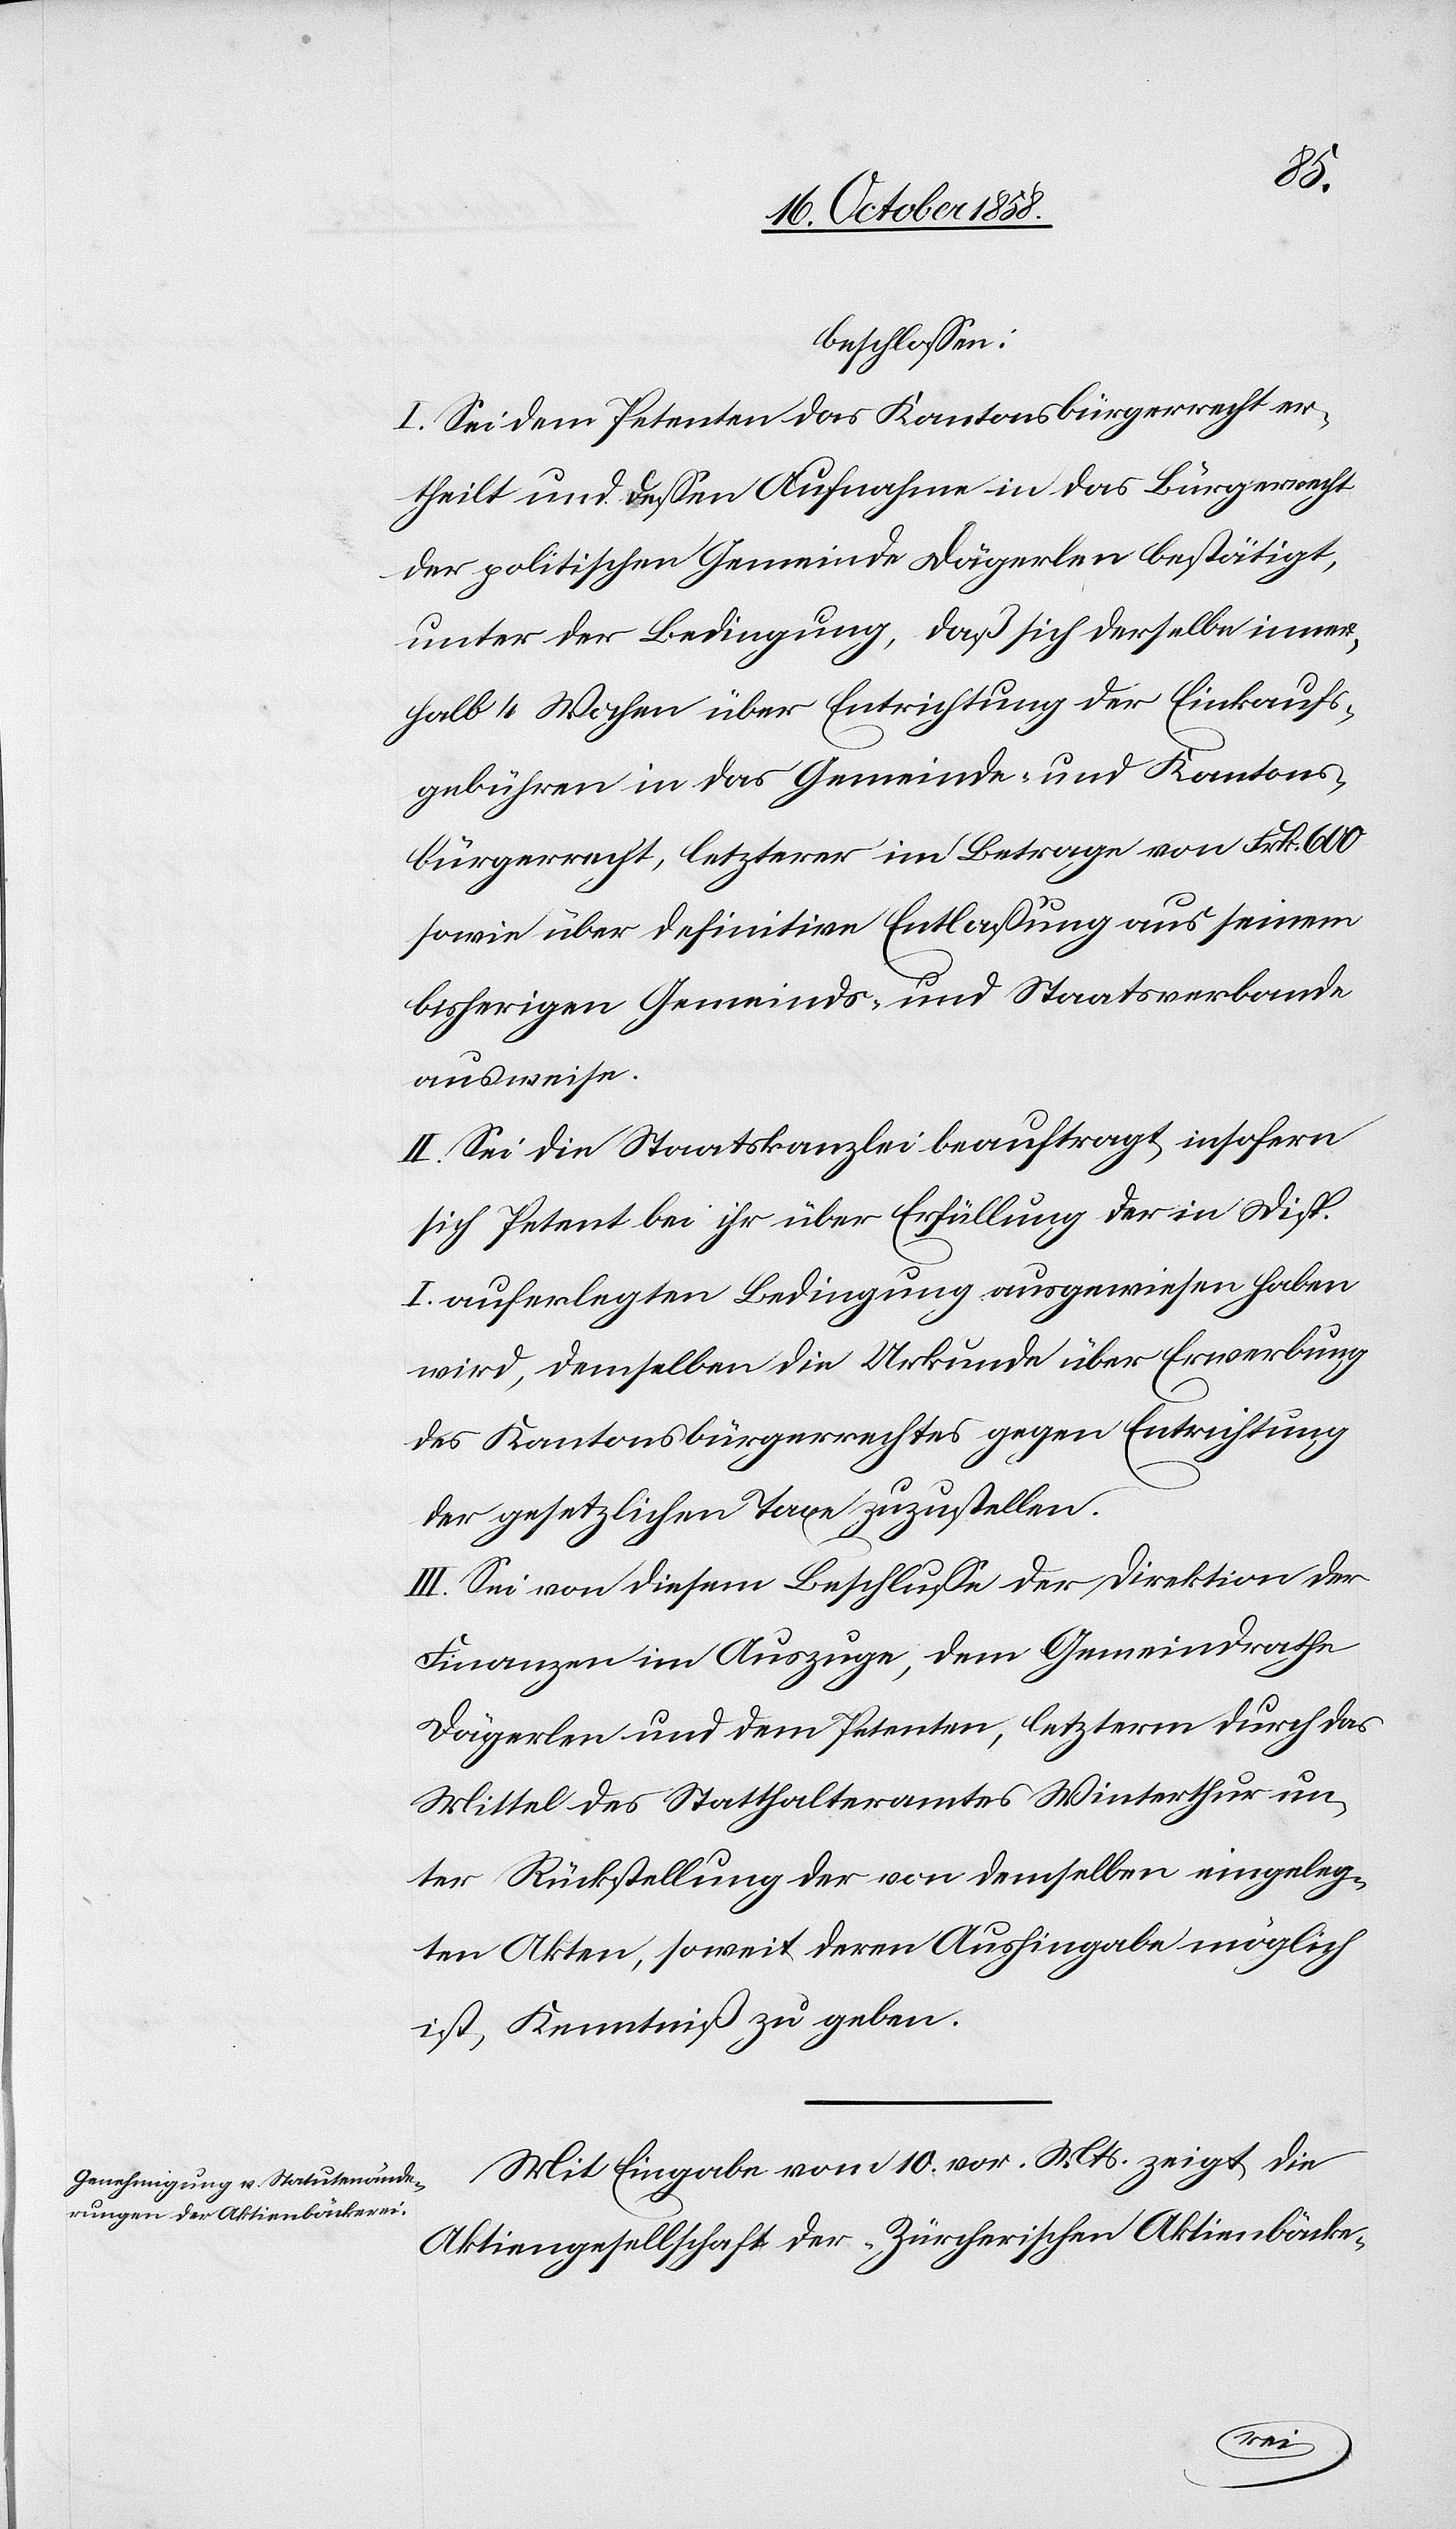
beschlossen:
I. Sei dem Petenten das Kantonsbürgerrecht er¬
theilt und dessen Aufnahme in das Bürgerrecht
der politischen Gemeinde Dägerlen bestätigt,
unter der Bedingung, daß sich derselbe inner¬
halb 4 Wochen über Entrichtung der Einkaufs¬
gebühren in das Gemeinde- und Kantons¬
bürgerrecht, letzterer im Betrage von Frk. 600
sowie über definitive Entlaßung aus seinem
bisherigen Gemeinds- und Staatsverbande
ausweise.
II. Sei die Staatskanzlei beauftragt, insofern
sich Petent bei ihr über Erfüllung der in Disp.
I. auferlegten Bedingung ausgewiesen haben
wird, demselben die Urkunde über Erwerbung
des Kantonsbürgerrechtes gegen Entrichtung
der gesetzlichen Taxe zuzustellen.
III. Sei von diesem Beschlusse der Direktion der
Finanzen im Auszuge, dem Gemeindrathe
Dägerlen und dem Petenten, letzterm durch das
Mittel des Statthalteramtes Winterthur un¬
ter Rückstellung der von demselben eingeleg¬
ten Akten, soweit deren Aushingabe möglich
ist, Kenntniß zu geben.
Mit Eingabe vom 10. vor. Mts. zeigt die
Aktiengesellschaft der „Zürcherischen Aktienbäcke-